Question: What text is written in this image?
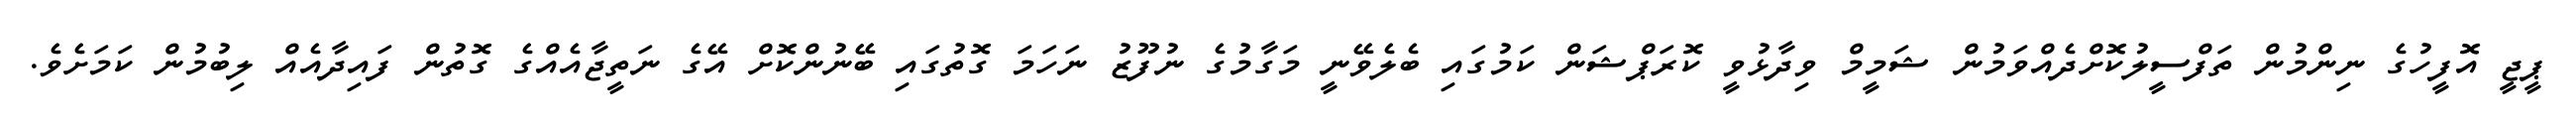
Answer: ޕީޖީ އޮފީހުގެ ނިންމުން ތަފްސީލުކޮށްދެއްވަމުން ޝަމީމް ވިދާޅުވީ ކޮރަޕްޝަން ކަމުގައި ބެލެވޭނީ މަގާމުގެ ނުފޫޒު ނަހަމަ ގޮތުގައި ބޭނުންކޮށް އޭގެ ނަތީޖާއެއްގެ ގޮތުން ފައިދާއެއް ލިބުމުން ކަމަށެވެ.